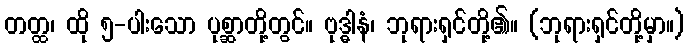
တတ္ထ၊ ထို ၅-ပါးသော ပုစ္ဆာတို့တွင်။ ဗုဒ္ဓါနံ၊ ဘုရားရှင်တို့၏။ (ဘုရားရှင်တို့မှာ။)